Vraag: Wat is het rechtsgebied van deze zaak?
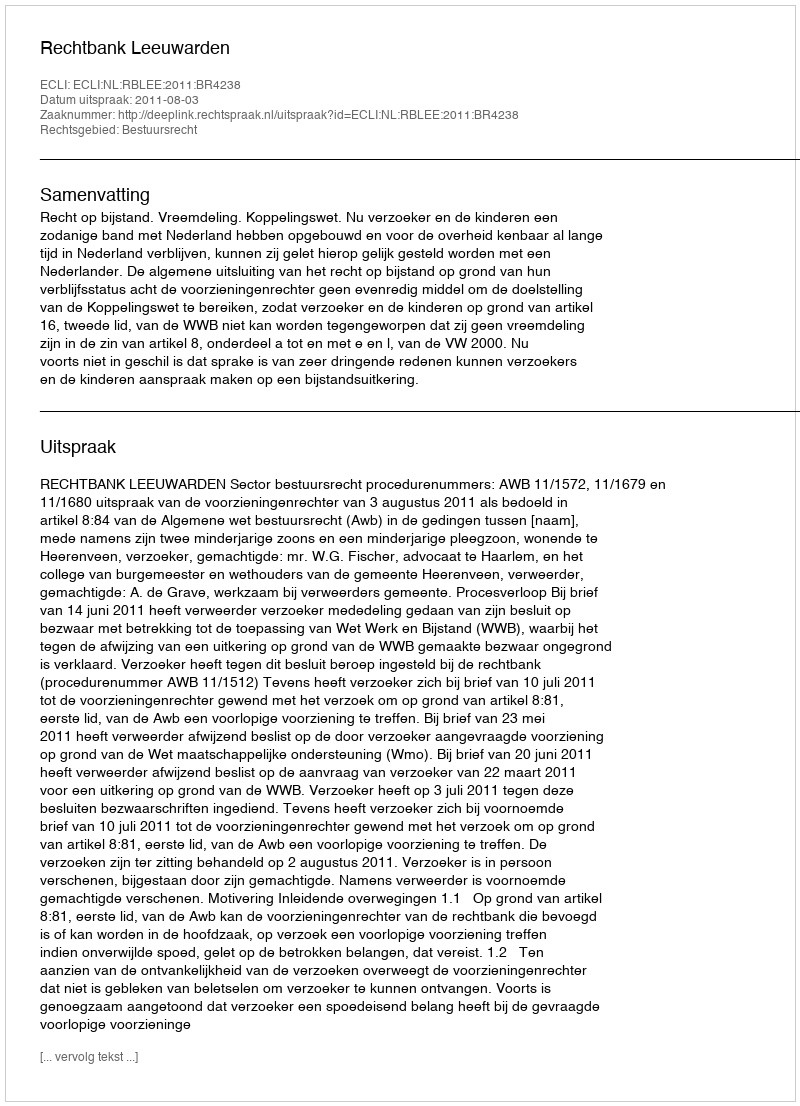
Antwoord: Bestuursrecht